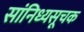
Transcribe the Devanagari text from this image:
सांनिध्यसूचक